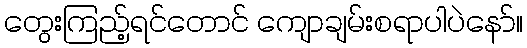
တွေးကြည့်ရင်တောင် ကျောချမ်းစရာပါပဲနော်။